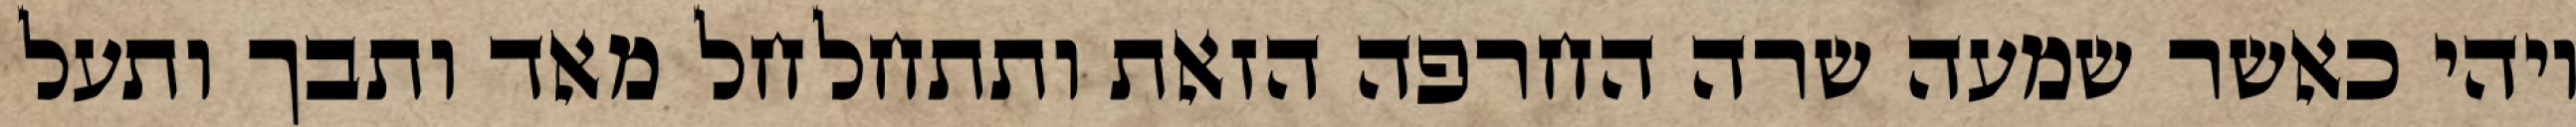
ויהי כאשר שמעה שרה החרפה הזאת ותתחלחל מאד ותבך ותעל